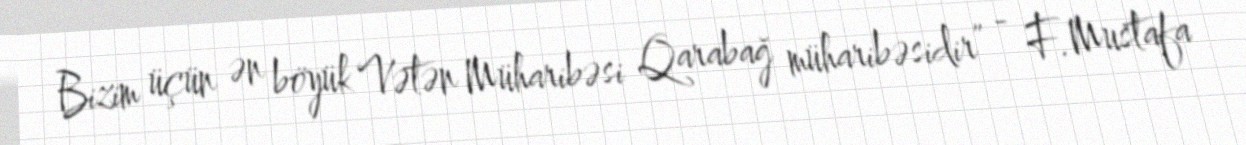
Bizim üçün ən böyük Vətən Müharibəsi Qarabağ müharibəsidir” - F.Mustafa